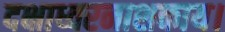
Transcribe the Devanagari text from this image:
दक्षाध्वरनाशकाय।